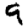
Digit: 9